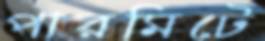
পারমিটে